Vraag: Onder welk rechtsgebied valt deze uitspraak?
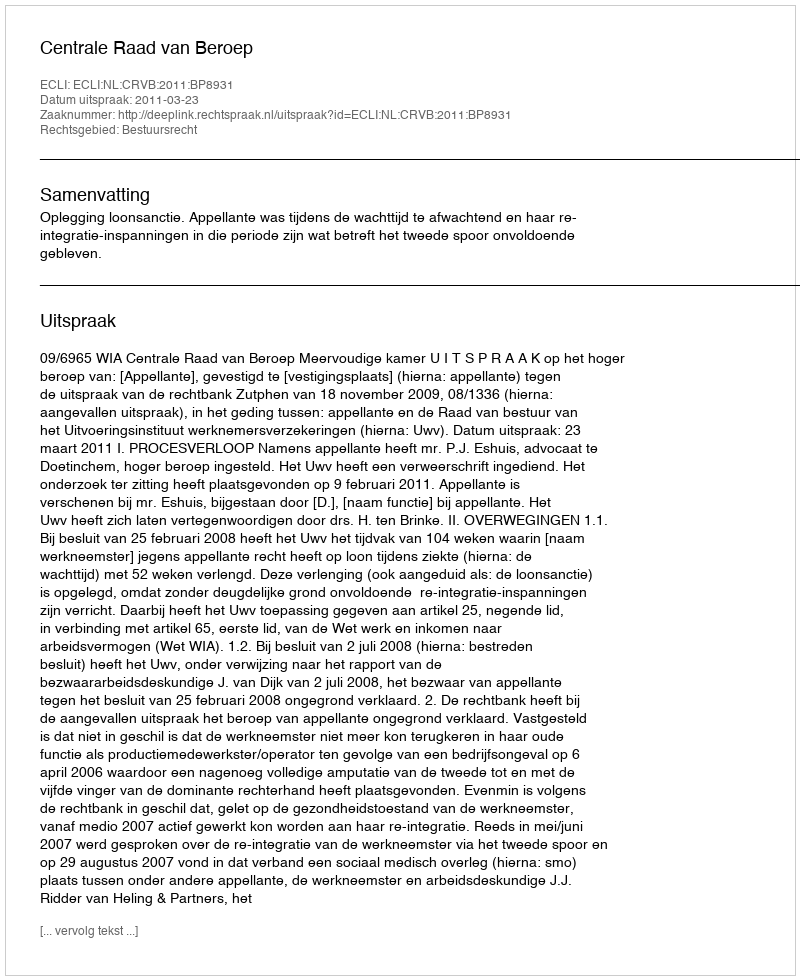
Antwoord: Bestuursrecht